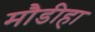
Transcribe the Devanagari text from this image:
मौडीहा